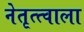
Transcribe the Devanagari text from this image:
नेतृत्त्वाला